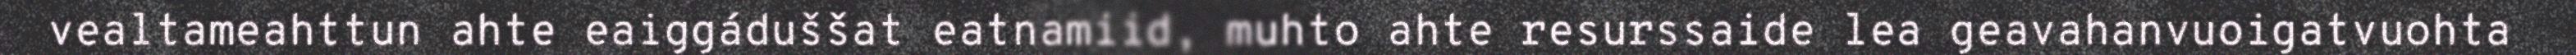
vealtameahttun ahte eaiggáduššat eatnamiid, muhto ahte resurssaide lea geavahanvuoigatvuohta